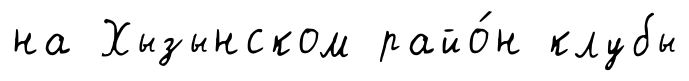
на Хызынском райо́н клубы